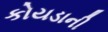
કોયડાની